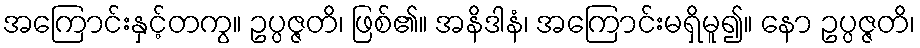
အကြောင်းနှင့်တကွ။ ဥပ္ပဇ္ဇတိ၊ ဖြစ်၏။ အနိဒါနံ၊ အကြောင်းမရှိမူ၍။ နော ဥပ္ပဇ္ဇတိ၊